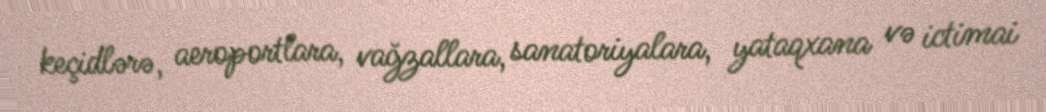
keçidlərə, aeroportlara, vağzallara, sanatoriyalara, yataqxana və ictimai